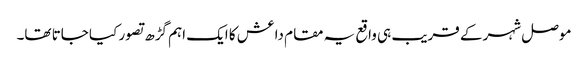
موصل شہر کے قریب ہی واقع یہ مقام داعش کا ایک اہم گڑھ تصور کیا جاتا تھا۔